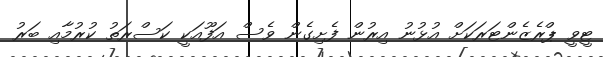
ޓީވީ ޕްރެޒެންޓަރަކަށް އުޅުނު އިރުން ފެށިގެން ވެސް އަފޫއަކީ ކަސްރަތު ކުރުމާއި ބަރު